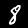
Label: 8